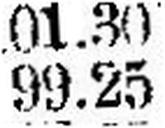
99.25